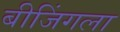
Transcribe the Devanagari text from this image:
बीजिंगला